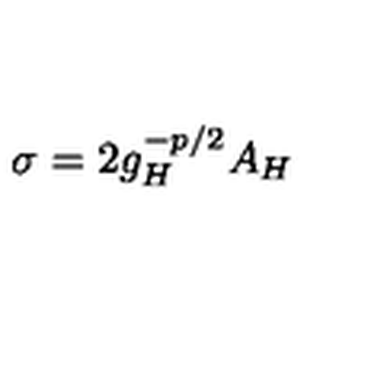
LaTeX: \sigma = 2 g _ { H } ^ { - p / 2 } A _ { H }